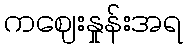
ကဈေးနှုန်းအရ